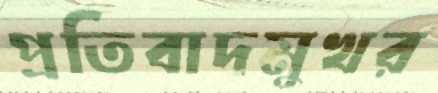
প্রতিবাদমুখর